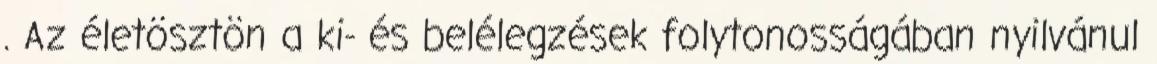
. Az életösztön a ki- és belélegzések folytonosságában nyilvánul